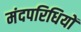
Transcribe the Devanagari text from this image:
मंदपरिधियों